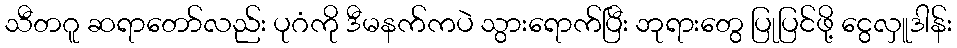
သီတဂူ ဆရာတော်လည်း ပုဂံကို ဒီမနက်ကပဲ သွားရောက်ပြီး ဘုရားတွေ ပြုပြင်ဖို့ ငွေလှူဒါန်း